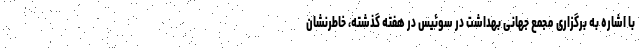
با اشاره به برگزاری مجمع جهانی بهداشت در سوئیس در هفته گذشته، خاطرنشان